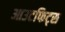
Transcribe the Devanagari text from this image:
आउटफिट्स